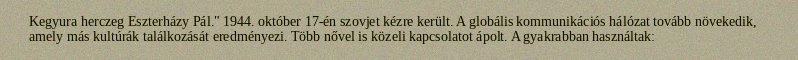
Kegyura herczeg Eszterházy Pál." 1944. október 17-én szovjet kézre került. A globális kommunikációs hálózat tovább növekedik, amely más kultúrák találkozását eredményezi. Több nővel is közeli kapcsolatot ápolt. A gyakrabban használtak: